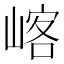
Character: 𡺀